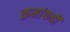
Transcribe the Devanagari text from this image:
क्रमांकही